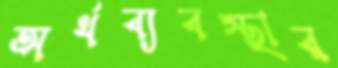
অর্থব্যবস্থার